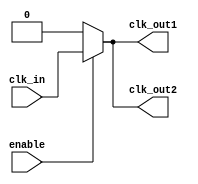
module low_power_clock_buffer (
    input wire clk_in,        // Input clock signal
    input wire enable,        // Enable signal for the buffer
    output wire clk_out1,     // Buffered clock output 1
    output wire clk_out2      // Buffered clock output 2
);

    // Internal signals
    wire clk_cond;            // Conditioned clock signal
    wire clk_buf;             // Buffered clock signal

    // Input Stage: Schmitt Trigger-like behavior (simple buffer for simulation)
    // In a real design, you would use a Schmitt trigger buffer from your library
    assign clk_cond = clk_in; // Ideally, this would be a Schmitt trigger

    // Core Buffering Stage: Weak drive strength buffers
    // Here we use simple inverters for demonstration; replace with appropriate cells
    wire clk_buf1, clk_buf2;
    assign clk_buf1 = enable ? clk_cond : 1'b0; // Enable control
    assign clk_buf2 = enable ? clk_cond : 1'b0; // Enable control

    // Output Stage: Final buffer stage
    // Assuming these are standard drive strength buffers
    assign clk_out1 = clk_buf1; // Output 1
    assign clk_out2 = clk_buf2; // Output 2

endmodule